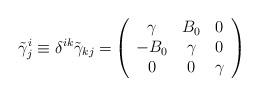
LaTeX: \begin{align*}\tilde \gamma^i_j\equiv\delta^{ik}\tilde\gamma_{kj}=&\left( \begin{array}{ccc}\gamma&B_0&0 \\-B_0& \gamma&0\\0&0&\gamma \end{array} \right)\end{align*}